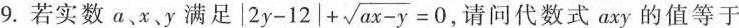
9.若实数a、x、y满足 $$| 2 y - 1 2 | + \sqrt { a x - y } = 0$$， 请问代数式axy的值等于